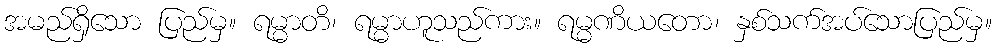
အမည်ရှိသော ပြည်မှ။ ရမ္မာတိ၊ ရမ္မာဟူသည်ကား။ ရမ္မဏိယတော၊ နှစ်သက်အပ်သောပြည်မှ။